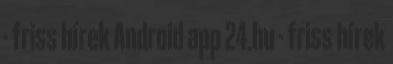
- friss hírek Android app 24.hu - friss hírek